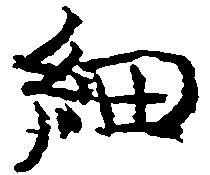
細